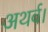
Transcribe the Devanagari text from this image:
अथर्व।